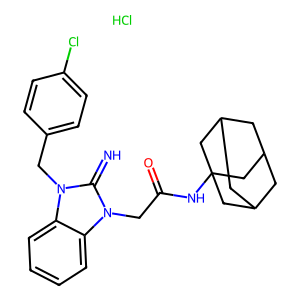
SMILES: Cl.N=c1n(CC(=O)NC23CC4CC(CC(C4)C2)C3)c2ccccc2n1Cc1ccc(Cl)cc1
Inhibits HIV replication: No